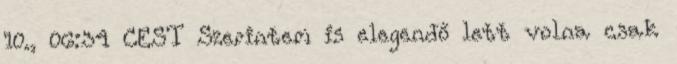
10., 06:34 CEST Szerintem is elegendő lett volna csak